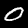
Label: 0